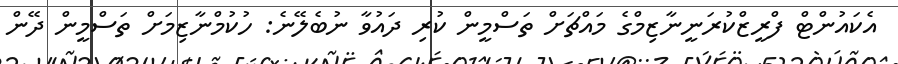
އެކައުންޓް ފްރީޒްކުރަނީނާޒިމްގެ މައްޗަށް ތަސްމީން ކުރި ދައުވާ ނުބެލޭނެ: ހުކުމްނާޒިމަށް ތަސްމީން ދޭން